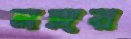
নঙ্গর